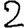
Digit: 2